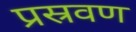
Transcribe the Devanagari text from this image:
प्रस्रवण